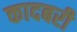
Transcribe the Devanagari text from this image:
कादबरी